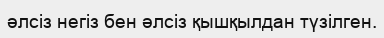
әлсіз негіз бен әлсіз қышқылдан түзілген.